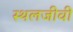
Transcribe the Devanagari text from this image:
स्थलजीवी